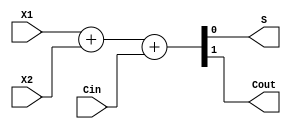
module Full_Adder(input X1, X2, Cin,output S, Cout);  
   reg[1:0] temp;
   always @(*)
   begin 
   temp = {1'b0,X1} + {1'b0,X2}+{1'b0,Cin};
   end 
   assign S = temp[0];
   assign Cout = temp[1];
endmodule
module Testbench_Behavioral_adder();
 reg A,B,Cin;
 wire S,Cout;  

 Full_Adder(.X1(A),.X2(B),.Cin(Cin),.S(S),.Cout(Cout));
 initial begin
   A = 0;
   B = 0;
   Cin = 0;
   #5;
   A = 0;
   B = 0;
   Cin = 1;
   #5;  
   A = 0;
   B = 1;
   Cin = 0;
   #5;
   A = 0;
   B = 1;
   Cin = 1;
   #5;
   A = 1;
   B = 0;
   Cin = 0;
   #5;
   A = 1;
   B = 0;
   Cin = 1;
   #5;
   A = 1;
   B = 1;
   Cin = 0;
   #5;  
   A = 1;
   B = 1;
   Cin = 1;
   #5;  
  end
  endmodule